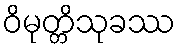
ဝိမုတ္တိသုခဿ